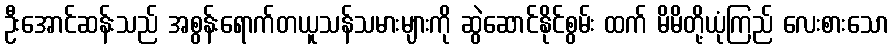
ဦးအောင်ဆန်းသည် အစွန်းရောက်တယူသန်သမားများကို ဆွဲဆောင်နိုင်စွမ်း ထက် မိမိတို့ယုံကြည် လေးစားသော